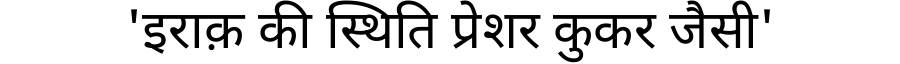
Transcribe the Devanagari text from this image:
'इराक़ की स्थिति प्रेशर कुकर जैसी'